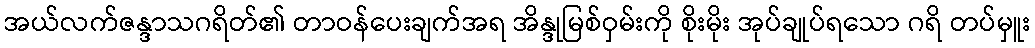
အယ်လက်ဇန္ဒာသဂရိတ်၏ တာဝန်ပေးချက်အရ အိန္ဒုမြစ်ဝှမ်းကို စိုးမိုး အုပ်ချုပ်ရသော ဂရိ တပ်မှူး